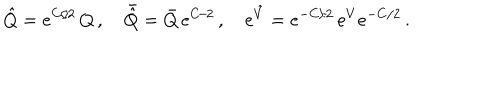
\hat { Q } = { e } ^ { C / 2 } \, Q \, , \quad \bar { \hat { Q } } = \bar { Q } \, { e } ^ { C / 2 } \, , \quad { e } ^ { \hat { V } } = { e } ^ { - C / 2 } \, { e } ^ { V } { e } ^ { - C / 2 } \, .